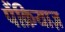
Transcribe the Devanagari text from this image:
पैंक्रियाज़